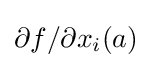
\partial f/\partial x_{i}(a)